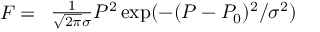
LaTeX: F = { \begin{array} { l } { { \frac { 1 } { { \sqrt { 2 \pi } } \sigma } } P ^ { 2 } \exp ( - ( P - P _ { 0 } ) ^ { 2 } / \sigma ^ { 2 } ) } \end{array} }